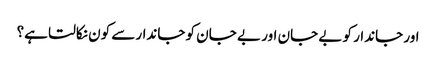
اور جاندار کو بے جان اور بے جان کو جاندارسے کون نکالتا ہے؟